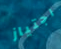
اجتياز